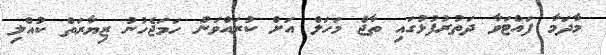
މާދަމާ ފައްޓަވާ ދަތުރުފުޅުގައި ތާޖް މަހަލް އަށް ކުރައްވަން ހަމަޖެހުނު ޒިޔާރަތް ކުއްލި